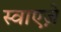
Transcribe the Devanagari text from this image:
स्वाएज़े